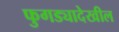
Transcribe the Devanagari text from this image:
फुगड्यादेखील